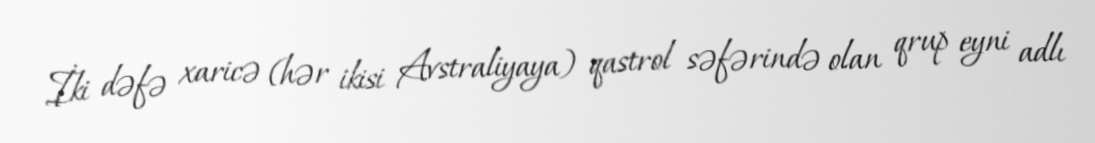
İki dəfə xaricə (hər ikisi Avstraliyaya) qastrol səfərində olan qrup eyni adlı